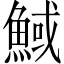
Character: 䱛